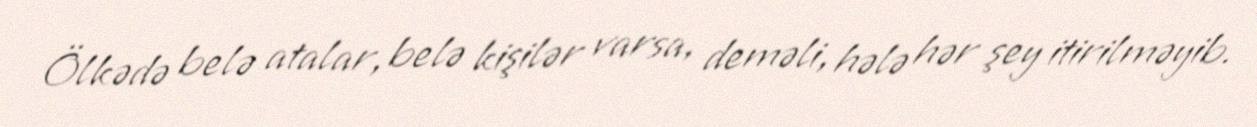
Ölkədə belə atalar, belə kişilər varsa, deməli, hələ hər şey itirilməyib.